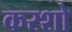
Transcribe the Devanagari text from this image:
करशो